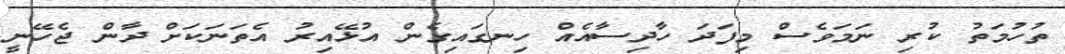
ތުހުމަތު ކުރި ނަމަވެސް މިފަދަ ހާދިސާއެއް ހިނގައިގެން އުޅޭއިރު އެތަނަކަށް ދާން ޖެހޭނީ